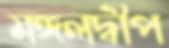
মঙ্গলদ্বীপ